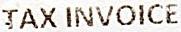
TAX INVOICE